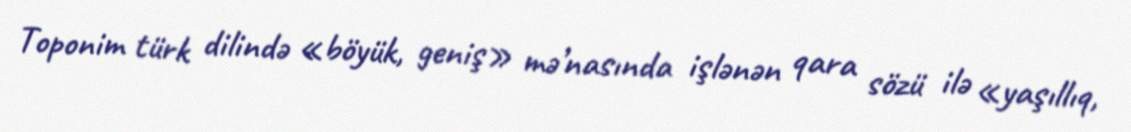
Toponim türk dilində «böyük, geniş» mə’nasında işlənən qara sözü ilə «yaşıllıq,